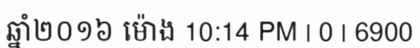
ឆ្នាំ២០១៦ ម៉ោង 10:14 PM | 0 | 6900